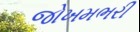
જોખમભરી